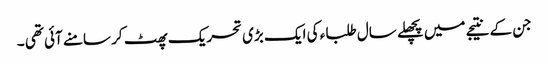
جن کے نتیجے میں پچھلے سال طلبا ء کی ایک بڑی تحریک پھٹ کر سامنے آئی تھی ۔